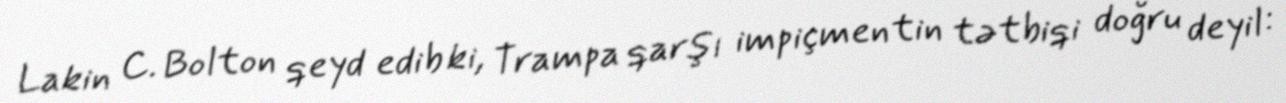
Lakin C. Bolton qeyd edib ki, Trampa qarşı impiçmentin tətbiqi doğru deyil: